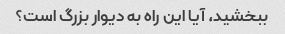
ببخشید، آیا این راه به دیوار بزرگ است؟